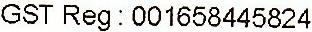
GST REG: 001658445824